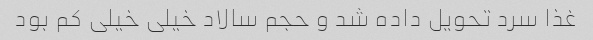
غذا سرد تحویل داده شد و حجم سالاد خیلی خیلی کم بود